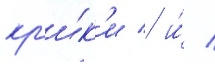
кр'и́к'и / и́ /